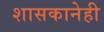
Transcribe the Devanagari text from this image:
शासकानेही